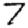
Digit: 7